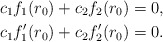
\begin{align*}c_1f_1(r_0 ) + c_2 f_2 (r_0) & = 0,\\c_1f_1'(r_0 ) + c_2 f_2' (r_0) & = 0.\end{align*}